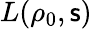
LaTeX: L(\rho_{0},\mathsf{s})